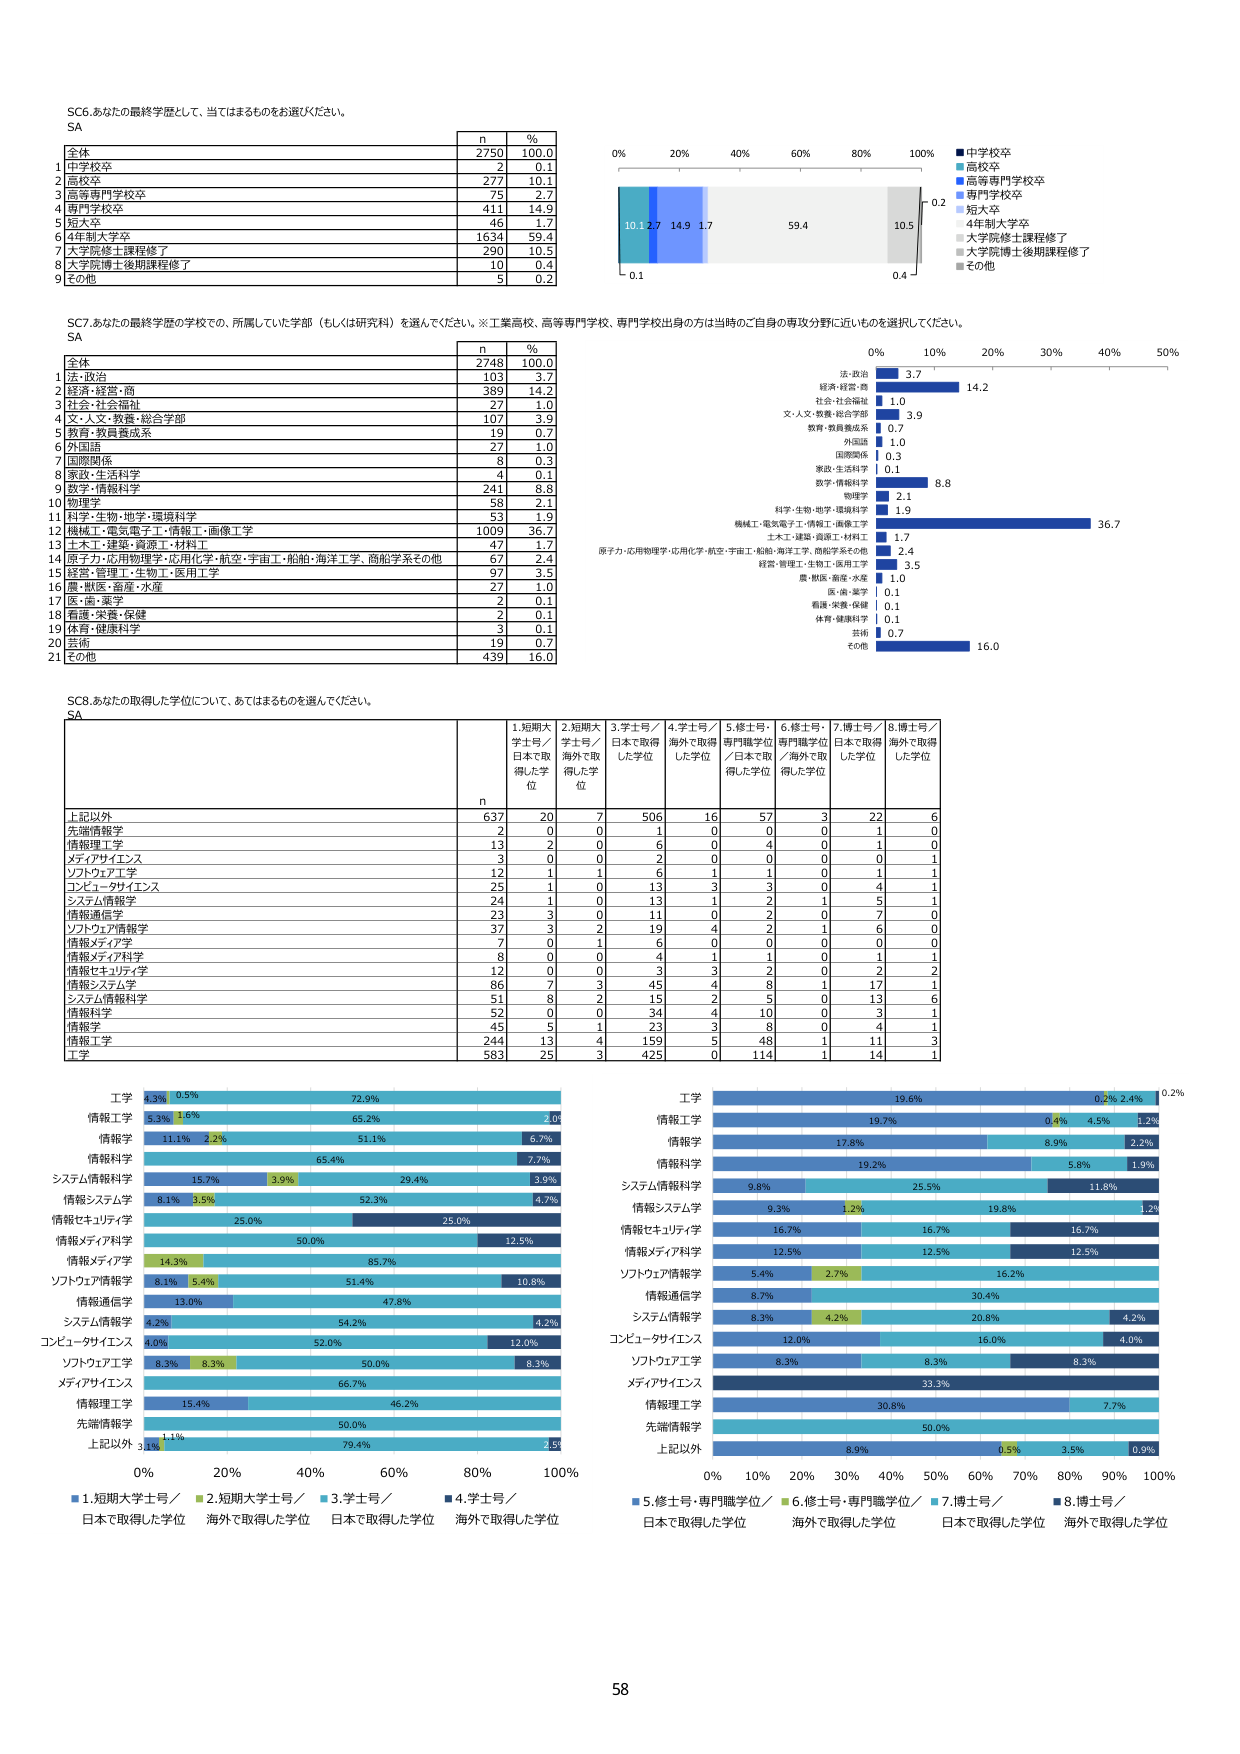
SC6.あなたの最終学歴として、当てはまるものをお選びください。
SA
n %
全体 2750 100.0
1 中学校卒 2 0.1
2 高校卒 277 10.1
3 高等専門学校卒 75 2.7
4 専門学校卒 411 14.9
5 短大卒 46 1.7
6 4年制大学卒 1634 59.4
7 大学院修士課程修了 290 10.5
8 大学院博士後期課程修了 10 0.4
9 その他 5 0.2

SC7.あなたの最終学歴の学校での、所属していた学部（もしくは研究科）を選んでください。※工業高校、高等専門学校、専門学校出身の方は当時のご自身の専攻分野に近いものを選択してください。
SA
n %
全体 2748 100.0
1 法・政治 103 3.7
2 経済・経営・商 389 14.2
3 社会・社会福祉 27 1.0
4 文・人文学・教育・総合学部 107 3.9
5 教育・教員養成系 19 0.7
6 外国語 27 1.0
7 国際関係 8 0.3
8 家政・生活科学 4 0.1
9 数学・情報科学 241 8.8
10 物理学 58 2.1
11 科学・生物・地学・環境科学 53 1.9
12 機械工・電気電子工・情報工・画像工学 1009 36.7
13 土木工・建築・資源工・材料工 47 1.7
14 原子力・応用物理学・応用化学・航空・宇宙工・船舶・海洋工学、商船学系その他 67 2.4
15 経営・管理工・生物工・医用工学 97 3.5
16 農・獣医・畜産・水産 27 1.0
17 医・歯・薬学 2 0.1
18 看護・栄養・保健 2 0.1
19 体育・健康科学 3 0.1
20 芸術 19 0.7
21 その他 439 16.0

SC8.あなたの取得した学位について、当てはまるものを選んでください。
SA
n 1.短期大学士号／日本で取得した学位 2.短期大学士号／海外で取得した学位 3.学士号／日本で取得した学位 4.学士号／海外で取得した学位 5.修士号・専門職学位／日本で取得した学位 6.修士号・専門職学位／海外で取得した学位 7.博士号／日本で取得した学位 8.博士号／海外で取得した学位
上記以外 637 20 7 506 16 57 3 22 6
先端情報学 2 0 0 1 0 0 0 1 0
情報理工学 13 2 0 6 0 4 0 1 0
メディアサイエンス 3 0 0 2 0 0 0 0 1
ソフトウェア工学 12 1 1 6 1 1 0 1 1
コンピュータサイエンス 25 1 0 13 3 3 0 4 1
システム情報学 24 1 0 13 1 2 1 5 1
情報通信学 23 3 0 11 0 2 0 7 0
ソフトウェア情報学 37 3 2 19 4 2 1 6 0
情報メディア学 7 0 1 6 0 0 0 0 0
情報メディア科学 8 0 0 4 1 0 1 1 1
情報セキュリティ学 12 0 0 3 3 2 0 2 2
情報システム学 86 7 3 45 4 8 1 17 1
システム情報科学 51 8 2 15 2 5 0 13 6
情報科学 52 0 0 34 4 10 0 3 1
情報学 45 5 1 23 3 8 0 4 1
情報工学 244 13 4 159 5 48 1 11 3
工学 583 25 3 425 0 114 1 14 1

■中学校卒
■高校卒
■高等専門学校卒
■専門学校卒
■短大卒
■4年制大学卒
■大学院修士課程修了
■大学院博士後期課程修了
■その他

法・政治 3.7
経済・経営・商 14.2
社会・社会福祉 1.0
文・人文学・教育・総合学部 3.9
教育・教員養成系 0.7
外国語 1.0
国際関係 0.3
家政・生活科学 0.1
数学・情報科学 8.8
物理学 2.1
科学・生物・地学・環境科学 1.9
機械工・電気電子工・情報工・画像工学 36.7
土木工・建築・資源工・材料工 1.7
原子力・応用物理学・応用化学・航空・宇宙工・船舶・海洋工学、商船学系その他 2.4
経営・管理工・生物工・医用工学 3.5
農・獣医・畜産・水産 1.0
医・歯・薬学 0.1
看護・栄養・保健 0.1
体育・健康科学 0.1
芸術 0.7
その他 16.0

工学 4.3% 0.5% 72.9% 2.0%
情報工学 5.3% 1.6% 65.2% 2.0%
情報学 11.1% 2.2% 51.1% 6.7%
情報科学 65.4% 7.7%
システム情報科学 15.7% 3.9% 29.4% 3.9%
情報システム学 8.1% 3.5% 52.3% 4.7%
情報セキュリティ学 25.0% 25.0%
情報メディア科学 50.0% 12.5%
情報メディア学 14.3% 85.7%
ソフトウェア情報学 8.1% 5.4% 51.4% 10.8%
情報通信学 13.0% 47.8%
システム情報学 4.2% 54.2% 4.2%
コンピュータサイエンス 4.0% 52.0% 12.0%
ソフトウェア工学 8.3% 8.3% 50.0% 8.3%
メディアサイエンス 66.7%
情報理工学 15.4% 46.2%
先端情報学 50.0%
上記以外 3.1% 79.4% 2.5%

工学 19.6% 0.2% 2.4% 0.2%
情報工学 19.7% 0.4% 4.5% 1.2%
情報学 17.8% 8.9% 2.2%
情報科学 19.2% 5.8% 1.9%
システム情報科学 9.8% 25.5% 11.8%
情報システム学 9.3% 1.2% 19.8% 1.2%
情報セキュリティ学 16.7% 16.7% 16.7%
情報メディア科学 12.5% 12.5% 12.5%
ソフトウェア情報学 5.4% 2.7% 16.2%
情報通信学 8.7% 30.4%
システム情報学 8.3% 4.2% 20.8% 4.2%
コンピュータサイエンス 12.0% 16.0% 4.0%
ソフトウェア工学 8.3% 8.3% 8.3%
メディアサイエンス 33.3%
情報理工学 30.8% 7.7%
先端情報学 50.0%
上記以外 8.9% 0.5% 3.5% 0.9%

■1.短期大学士号／日本で取得した学位
■2.短期大学士号／海外で取得した学位
■3.学士号／日本で取得した学位
■4.学士号／海外で取得した学位
■5.修士号・専門職学位／日本で取得した学位
■6.修士号・専門職学位／海外で取得した学位
■7.博士号／日本で取得した学位
■8.博士号／海外で取得した学位

58